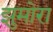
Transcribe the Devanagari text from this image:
झुमोरा